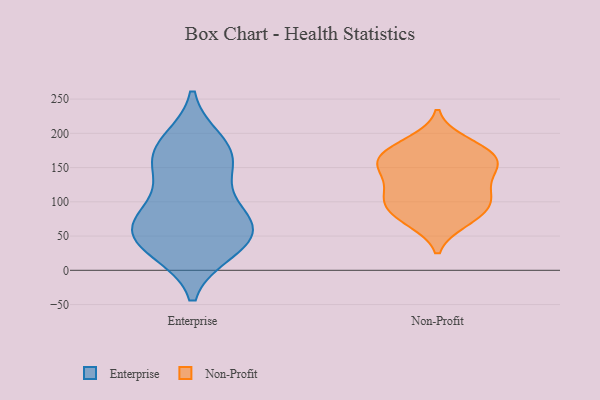
{"axis": {"x": "Gross Profit (USD K)", "y": "Value"}, "legend": ["Enterprise", "Non-Profit"], "data": [{"x": "", "y": 55, "type": "Enterprise"}, {"x": "", "y": 162, "type": "Enterprise"}, {"x": "", "y": 136, "type": "Enterprise"}, {"x": "", "y": 83, "type": "Enterprise"}, {"x": "", "y": 179, "type": "Enterprise"}, {"x": "", "y": 162, "type": "Enterprise"}, {"x": "", "y": 80, "type": "Enterprise"}, {"x": "", "y": 44, "type": "Enterprise"}, {"x": "", "y": 187, "type": "Enterprise"}, {"x": "", "y": 75, "type": "Enterprise"}, {"x": "", "y": 32, "type": "Enterprise"}, {"x": "", "y": 55, "type": "Enterprise"}, {"x": "", "y": 30, "type": "Enterprise"}, {"x": "", "y": 180, "type": "Non-Profit"}, {"x": "", "y": 118, "type": "Non-Profit"}, {"x": "", "y": 71, "type": "Non-Profit"}, {"x": "", "y": 73, "type": "Non-Profit"}, {"x": "", "y": 111, "type": "Non-Profit"}, {"x": "", "y": 140, "type": "Non-Profit"}, {"x": "", "y": 98, "type": "Non-Profit"}, {"x": "", "y": 143, "type": "Non-Profit"}, {"x": "", "y": 153, "type": "Non-Profit"}, {"x": "", "y": 103, "type": "Non-Profit"}, {"x": "", "y": 171, "type": "Non-Profit"}, {"x": "", "y": 82, "type": "Non-Profit"}, {"x": "", "y": 188, "type": "Non-Profit"}, {"x": "", "y": 99, "type": "Non-Profit"}, {"x": "", "y": 159, "type": "Non-Profit"}, {"x": "", "y": 170, "type": "Non-Profit"}, {"x": "", "y": 155, "type": "Non-Profit"}]}